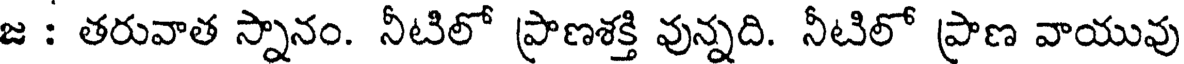
జ : తరువాత స్నానం. నీటిలో ప్రాణశక్తి వున్నది. నీటిలో ప్రాణ వాయువు